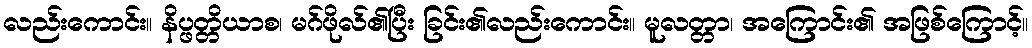
လည်းကောင်း။ နိပ္ဖတ္တိယာစ၊ မဂ်ဖိုလ်၏ပြီး ခြင်း၏လည်းကောင်း။ မူလတ္တာ၊ အကြောင်း၏ အဖြစ်ကြောင့်။